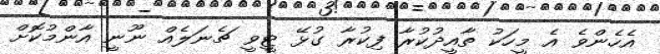
އެހެންވެ އެ މީހަކު ތާއީދުކުރާ ފިކުރާ ގުޅޭ ޓީވީ ޗެނަލެއް ނޫނީ އާންމުކޮށް